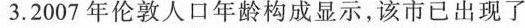
3.2007年伦敦人口年龄构成显示，该市已出现了